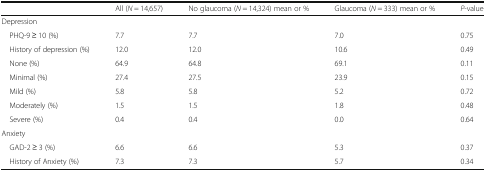
<table><thead><tr><td></td><td><b>All (<i>N</i> = 14,657)</b></td><td><b>No glaucoma (<i>N</i> = 14,324) mean or %</b></td><td><b>Glaucoma (<i>N</i> = 333) mean or %</b></td><td><b><i>P</i>-value</b></td></tr></thead><tbody><tr><td colspan="5">Depression</td></tr><tr><td> PHQ-9 ≥ 10 (%)</td><td>7.7</td><td>7.7</td><td>7.0</td><td>0.75</td></tr><tr><td> History of depression (%)</td><td>12.0</td><td>12.0</td><td>10.6</td><td>0.49</td></tr><tr><td> None (%)</td><td>64.9</td><td>64.8</td><td>69.1</td><td>0.11</td></tr><tr><td> Minimal (%)</td><td>27.4</td><td>27.5</td><td>23.9</td><td>0.15</td></tr><tr><td> Mild (%)</td><td>5.8</td><td>5.8</td><td>5.2</td><td>0.72</td></tr><tr><td> Moderately (%)</td><td>1.5</td><td>1.5</td><td>1.8</td><td>0.48</td></tr><tr><td> Severe (%)</td><td>0.4</td><td>0.4</td><td>0.0</td><td>0.64</td></tr><tr><td colspan="5">Anxiety</td></tr><tr><td> GAD-2 ≥ 3 (%)</td><td>6.6</td><td>6.6</td><td>5.3</td><td>0.37</td></tr><tr><td> History of Anxiety (%)</td><td>7.3</td><td>7.3</td><td>5.7</td><td>0.34</td></tr></tbody></table>